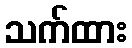
သက်ထား